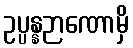
ဥပ္ပန္နဉာဏောမှိ